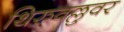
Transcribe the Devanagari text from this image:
थिरुवल्लुवर